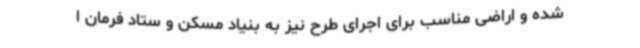
شده و اراضی مناسب برای اجرای طرح نیز به بنیاد مسکن و ستاد فرمان ا